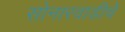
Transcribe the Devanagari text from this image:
सोनारवाडीचे